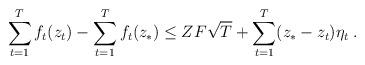
LaTeX: \begin{align*}\sum_{t=1}^T f_t(z_t) - \sum_{t=1}^T f_t(z_*) \le Z F \sqrt{T} + \sum_{t=1}^T (z_* - z_t) \eta_t \; .\end{align*}